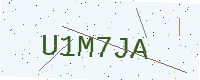
Text: U1M7JA